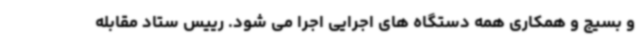
و بسیج و همکاری همه دستگاه های اجرایی اجرا می شود. رییس ستاد مقابله